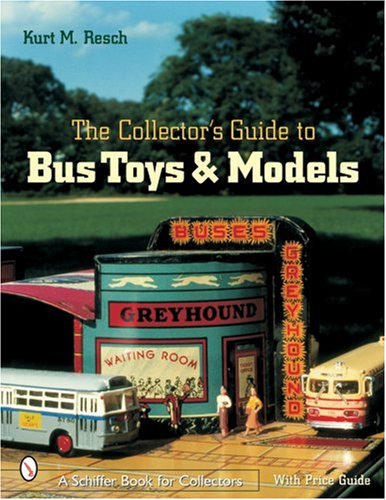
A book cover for The Collector's Guide to Bus Toys And Models (Schiffer Book for Collectors); Kurt M. Resch; Crafts, Hobbies & Home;